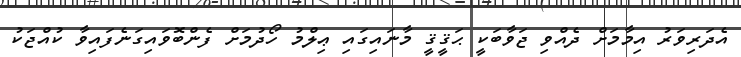
އެދަރިވަރު އިމާމަށް ދެއްވި ޖަވާބަކީ ޙަޤީޤީ މާނައިގައި ޢިލްމު ހޯދުމަށް ފެންބޮވައިގަނެފައިވާ ކުއްޖަކު